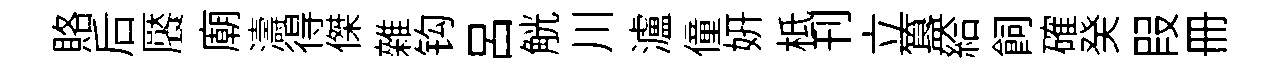
賂后饜廟濤得傑雜钩呂觥川瀘僮妍柢刊立簋給飼確癸叚册